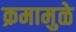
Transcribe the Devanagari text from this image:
क्रमामुळे